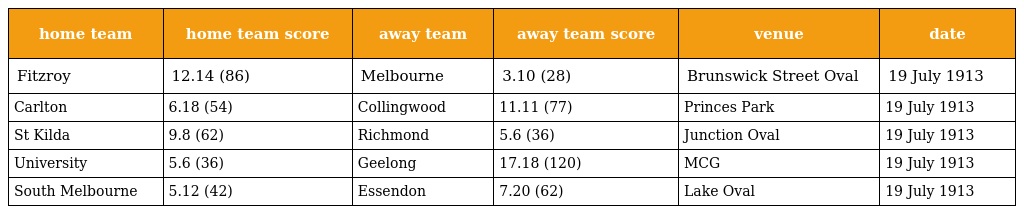
| home team | home team score | away team | away team score | venue | date |
 | --- | --- | --- | --- | --- | --- |
 | Fitzroy | 12.14 (86) | Melbourne | 3.10 (28) | Brunswick Street Oval | 19 July 1913 |
 | Carlton | 6.18 (54) | Collingwood | 11.11 (77) | Princes Park | 19 July 1913 |
 | St Kilda | 9.8 (62) | Richmond | 5.6 (36) | Junction Oval | 19 July 1913 |
 | University | 5.6 (36) | Geelong | 17.18 (120) | MCG | 19 July 1913 |
 | South Melbourne | 5.12 (42) | Essendon | 7.20 (62) | Lake Oval | 19 July 1913 |